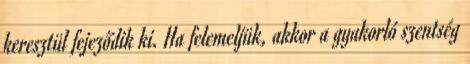
keresztül fejeződik ki. Ha felemeljük, akkor a gyakorló szentség